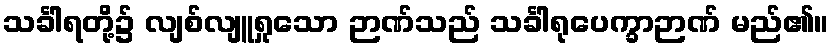
သင်္ခါရတို့၌ လျစ်လျူရှုသော ဉာဏ်သည် သင်္ခါရုပေက္ခာဉာဏ် မည်၏။